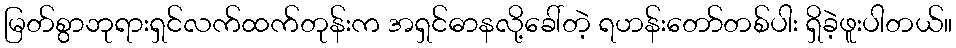
မြတ်စွာဘုရားရှင်လက်ထက်တုန်းက အရှင်ဓာနလို့ခေါ်တဲ့ ရဟန်းတော်တစ်ပါး ရှိခဲ့ဖူးပါတယ်။